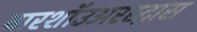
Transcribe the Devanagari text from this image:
वारशॉउअरस्ट्रास